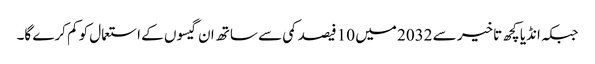
جبکہ انڈیا کچھ تاخیر سے 2032 میں 10 فیصد کمی سے ساتھ ان گیسوں کے استعمال کو کم کرے گا۔